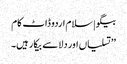
بیگو | سلام اردو ڈاٹ کام
’’تسلیاں اور دلاسے بیکار ہیں۔